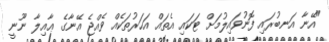
"އޭނާ އަނބުރައި ފޮނުވައިލުމަށް ޓަކައި އެތައް އަހަރުތަކެއް ވެއްޖެ އޭނާގެ ޢާއިލާ ނޫނީ